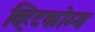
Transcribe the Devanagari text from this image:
व्हिटकोम्ब